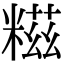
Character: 糍